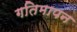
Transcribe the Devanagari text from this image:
गतिमापन